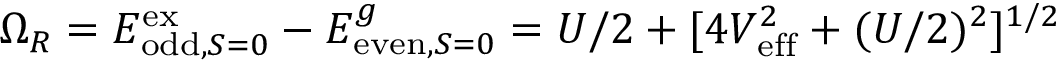
\Omega _ { R } = E _ { \mathrm { o d d } , S = 0 } ^ { \mathrm { e x } } - E _ { \mathrm { e v e n } , S = 0 } ^ { g } = U / 2 + [ 4 V _ { \mathrm { e f f } } ^ { 2 } + ( U / 2 ) ^ { 2 } ] ^ { 1 / 2 }